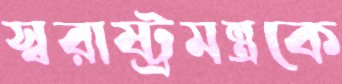
স্বরাষ্ট্রমন্ত্রকে